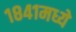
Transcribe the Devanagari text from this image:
१८४१मध्ये